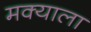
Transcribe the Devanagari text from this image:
मक्याला